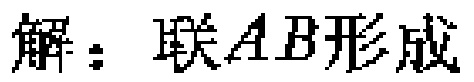
解：联\(AB\)形成